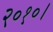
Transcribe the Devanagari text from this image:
२०१०।